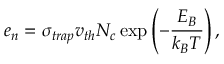
e _ { n } = \sigma _ { t r a p } v _ { t h } N _ { c } \exp \left( - \frac { E _ { B } } { k _ { B } T } \right) ,